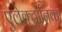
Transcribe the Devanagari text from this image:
एलेक्ट्रोनिका